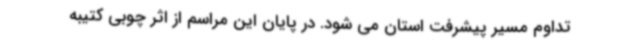
تداوم مسیر پیشرفت استان می شود. در پایان این مراسم از اثر چوبی کتیبه